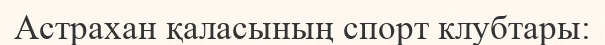
Астрахан қаласының спорт клубтары: